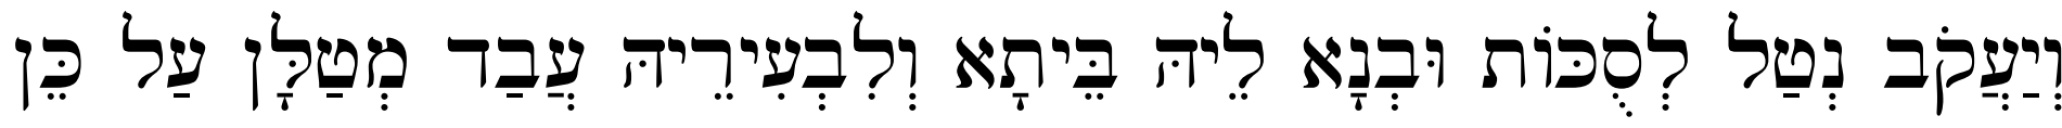
וְיַעֲקֹב נְטַל לְסֻכּוֹת וּבְנָא לֵיהּ בֵּיתָא וְלִבְעִירֵיהּ עֲבַד מְטַלָּן עַל כֵּן